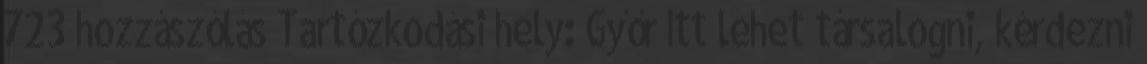
723 hozzászólás Tartózkodási hely: Győr Itt lehet társalogni, kérdezni